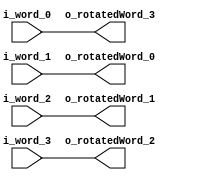

// Word rotation in the G function

module Rotate_Word(
	input [7:0] i_word_0,
	input [7:0] i_word_1,
	input [7:0] i_word_2,
	input [7:0] i_word_3,
	
	output [7:0] o_rotatedWord_0,
	output [7:0] o_rotatedWord_1,
	output [7:0] o_rotatedWord_2,
	output [7:0] o_rotatedWord_3
	);
	
	assign o_rotatedWord_0 = i_word_1;
	assign o_rotatedWord_1 = i_word_2;
	assign o_rotatedWord_2 = i_word_3;
	assign o_rotatedWord_3 = i_word_0;

endmodule